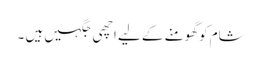
شام کو گھومنے کے لیے اچھی جگہیں ہیں ۔